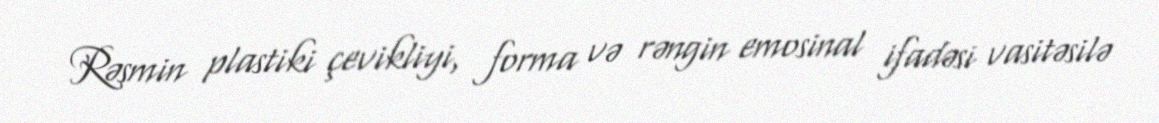
Rəsmin plastiki çevikliyi, forma və rəngin emosinal ifadəsi vasitəsilə